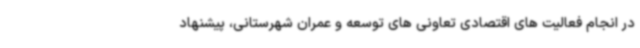
در انجام فعالیت های اقتصادی تعاونی های توسعه و عمران شهرستانی، پیشنهاد